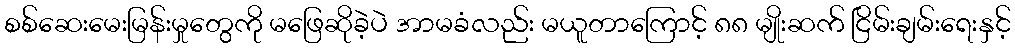
စစ်ဆေးမေးမြန်းမှုတွေကို မဖြေဆိုခဲ့ပဲ အာမခံလည်း မယူတာကြောင့် ၈၈ မျိုးဆက် ငြိမ်းချမ်းရေးနှင့်